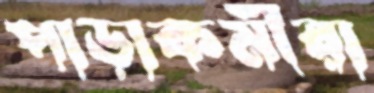
পাড়াকর্মীরা